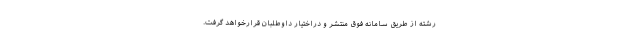
رشته از طریق سامانه فوق منتشر و دراختیار داوطلبان قرارخواهد گرفت.